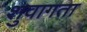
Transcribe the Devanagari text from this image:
शुवागता